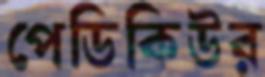
পেডিকিউর